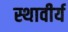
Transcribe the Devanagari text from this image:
स्थावीर्य